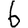
Digit: 6